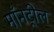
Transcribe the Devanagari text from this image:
माँनट्रील